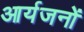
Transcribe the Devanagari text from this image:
आर्यजनों